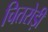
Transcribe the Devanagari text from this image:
चितरोड़ी